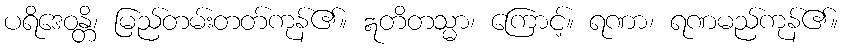
ပရိဒေဝန္တိ၊ မြည်တမ်းတတ်ကုန်၏။ ဣတိတသ္မာ၊ ကြောင့်။ ရဏာ၊ ရဏမည်ကုန်၏။